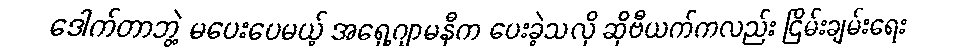
ဒေါက်တာဘွဲ့ မပေးပေမယ့် အရှေ့ဂျာမနီက ပေးခဲ့သလို ဆိုဗီယက်ကလည်း ငြိမ်းချမ်းရေး